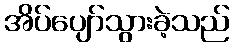
အိပ်ပျော်သွားခဲ့သည်